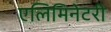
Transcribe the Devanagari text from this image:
एलिमिनेटरी